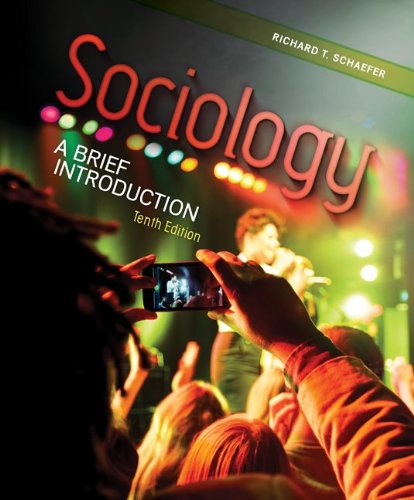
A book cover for Sociology: A Brief Introduction; Richard T. Schaefer; Science & Math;